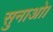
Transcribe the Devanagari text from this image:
सुनाओ।